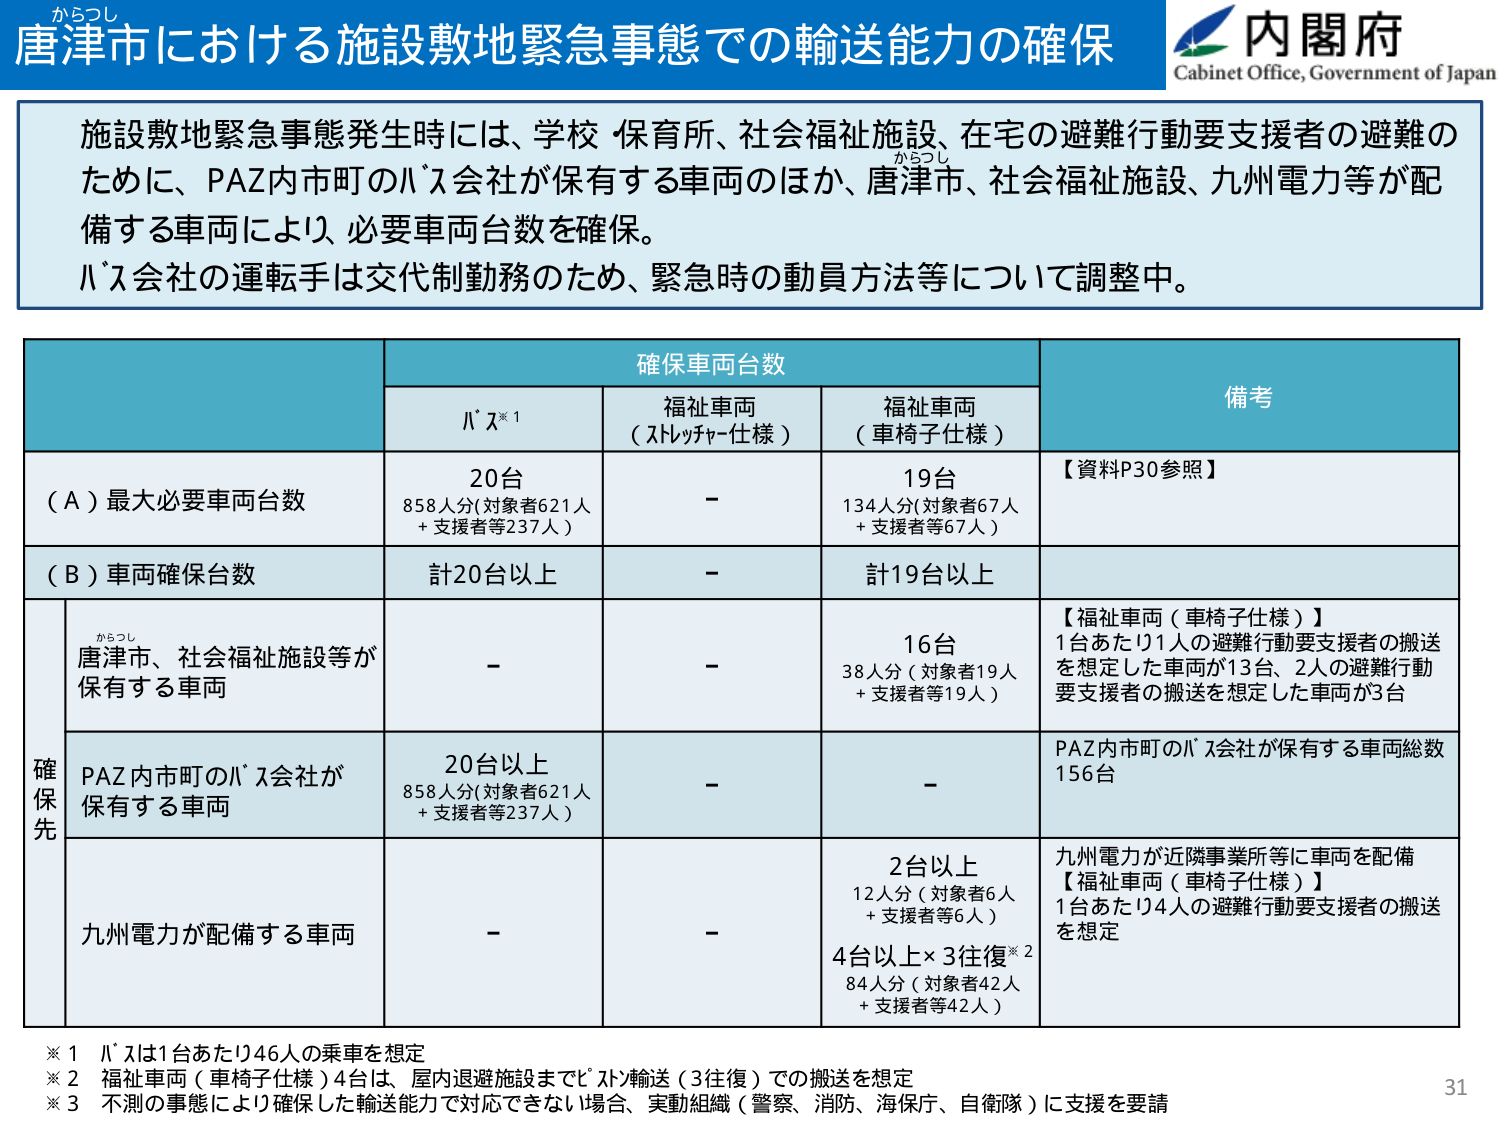
からつし
唐津市における施設敷地緊急事態での輸送能力の確保
内閣府
Cabinet Office, Government of Japan

施設敷地緊急事態発生時には、学校・保育所、社会福祉施設、在宅の避難行動要支援者の避難の
ために、PAZ内市町のバス会社が保有する車両のほか、唐津市、社会福祉施設、九州電力等が配
備する車両により、必要車両台数を確保。
バス会社の運転手は交代制勤務のため、緊急時の動員方法等について調整中。

確保車両台数
バス※1
福祉車両（ストレッチャー仕様）
福祉車両（車椅子仕様）
備考

（A）最大必要車両台数
20台
858人分（対象者621人＋支援者等237人）
－
19台
134人分（対象者67人＋支援者等67人）
【資料P30参照】

（B）車両確保台数
計20台以上
－
計19台以上

確保先
からつし
唐津市、社会福祉施設等が保有する車両
－
－
16台
38人分（対象者19人＋支援者等19人）
【福祉車両（車椅子仕様）】
1台あたり1人の避難行動要支援者の搬送を想定した車両が13台、2人の避難行動要支援者の搬送を想定した車両が3台

PAZ内市町のバス会社が保有する車両
20台以上
858人分（対象者621人＋支援者等237人）
－
－
PAZ内市町のバス会社が保有する車両総数156台

九州電力が配備する車両
－
－
2台以上
12人分（対象者6人＋支援者等6人）
4台以上×3往復※2
84人分（対象者42人＋支援者等42人）
九州電力が近隣事業所等に車両を配備
【福祉車両（車椅子仕様）】
1台あたり4人の避難行動要支援者の搬送を想定

※1 バスは1台あたり46人の乗車を想定
※2 福祉車両（車椅子仕様）4台は、屋内退避施設までバス輸送（3往復）での搬送を想定
※3 不測の事態により確保した輸送能力で対応できない場合、実動組織（警察、消防、海保庁、自衛隊）に支援を要請

31